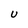
Character: U